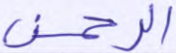
الرحمن